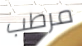
مرطب